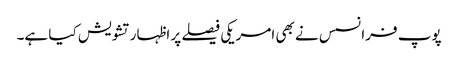
پوپ فرانسس نے بھی امریکی فیصلے پر اظہار تشویش کیا ہے۔